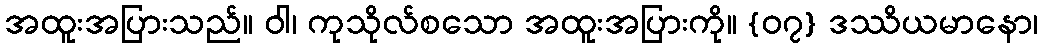
အထူးအပြားသည်။ ဝါ၊ ကုသိုလ်စသော အထူးအပြားကို။ {၀၇} ဒဿိယမာနော၊